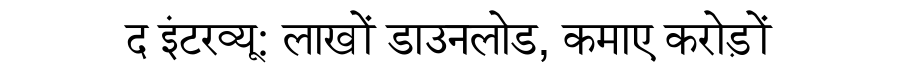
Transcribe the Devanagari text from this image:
द इंटरव्यू: लाखों डाउनलोड, कमाए करोड़ों